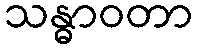
သန္ဓာဝတာ